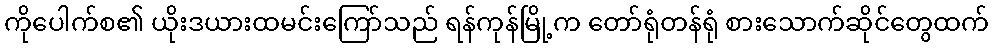
ကိုပေါက်စ၏ ယိုးဒယားထမင်းကြော်သည် ရန်ကုန်မြို့က တော်ရုံတန်ရုံ စားသောက်ဆိုင်တွေထက်